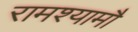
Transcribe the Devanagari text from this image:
रामश्यामौ